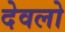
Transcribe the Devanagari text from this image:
देवलो